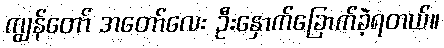
ကျွန်တော် အတော်လေး ဦးနှောက်ခြောက်ခဲ့ရတယ်။